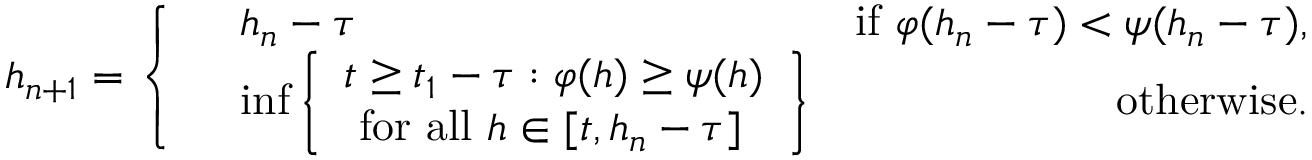
h _ { n + 1 } = \left\{ \begin{array} { r l r } & { h _ { n } - \tau } & { \mathrm { i f ~ } \varphi ( h _ { n } - \tau ) < \psi ( h _ { n } - \tau ) , } \\ & { \operatorname* { i n f } \left\{ \begin{array} { l } { t \geq t _ { 1 } - \tau : \varphi ( h ) \geq \psi ( h ) } \\ { \mathrm { ~ f o r ~ a l l ~ } h \in [ t , h _ { n } - \tau ] } \end{array} \right\} } & { \mathrm { o t h e r w i s e . } } \end{array} \right.